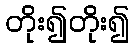
တိုး၍တိုး၍